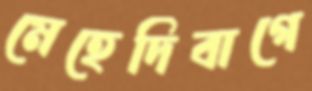
মেহেদিবাগে